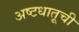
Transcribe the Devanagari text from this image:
अष्टधातूची